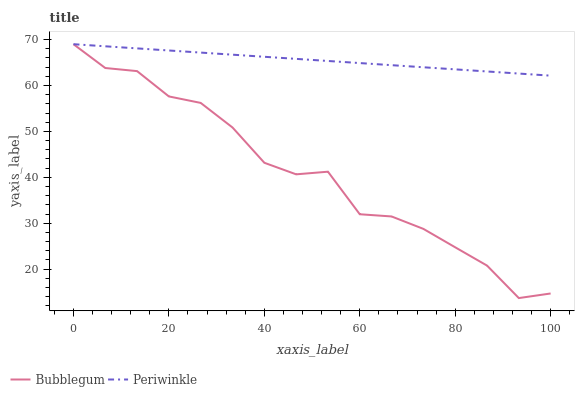
| xaxis_label | Bubblegum | Periwinkle |
 | --- | --- | --- |
 | 0 | 69 | 69 |
 | 6.67 | 63.8 | 68.5 |
 | 13.3 | 63.1 | 68.1 |
 | 20 | 57.6 | 67.6 |
 | 26.7 | 56.2 | 67.2 |
 | 33.3 | 50.9 | 66.7 |
 | 40 | 43.2 | 66.3 |
 | 46.7 | 40.7 | 65.8 |
 | 53.3 | 41.2 | 65.3 |
 | 60 | 32 | 64.9 |
 | 66.7 | 31.5 | 64.4 |
 | 73.3 | 28.8 | 64 |
 | 80 | 24.8 | 63.5 |
 | 86.7 | 20.8 | 63.1 |
 | 93.3 | 13.7 | 62.6 |
 | 100 | 14.7 | 62.1 |